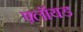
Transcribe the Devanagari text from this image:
फ़्लॉयड